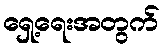
ရှေ့ရေးအတွက်